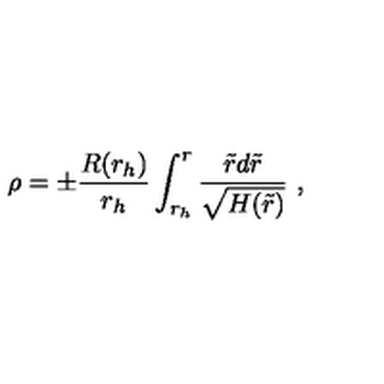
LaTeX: \rho = \pm \frac { R ( r _ { h } ) } { r _ { h } } \int _ { r _ { h } } ^ { r } \frac { \tilde { r } d \tilde { r } } { \sqrt { H ( \tilde { r } ) } } \ ,